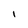
Character: I